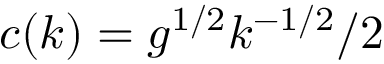
c ( k ) = g ^ { 1 / 2 } k ^ { - 1 / 2 } / 2